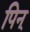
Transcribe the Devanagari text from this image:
पिन्